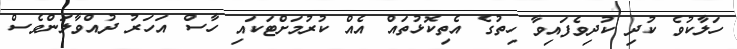
ހަލާކުވެ ކުދި ކުދިވެފައިވާ ހިތުގެ އެތިކޮޅުތައް އެއް ކުރުމަށްޓަކައި ހާސް އަހަރު ދުއްވާލަންވެސް